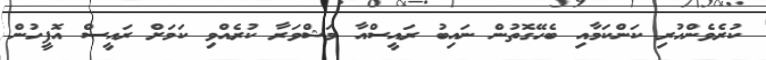
ކުރެވެންހުރި ކަންކަމާއި ބެހޭގޮތުން ނައިބު ރައީސްއާ މަޝްވަރާ ކުރެއްވި ކަމަށް ރައީސް އޮފީހުން